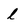
Character: l